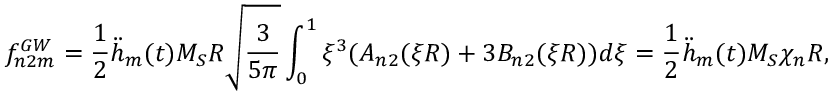
f _ { n 2 m } ^ { G W } = \frac 1 2 \ddot { h } _ { m } ( t ) M _ { S } R \sqrt { \frac { 3 } { 5 \pi } } \int _ { 0 } ^ { 1 } \xi ^ { 3 } ( A _ { n 2 } ( \xi R ) + 3 B _ { n 2 } ( \xi R ) ) d \xi = \frac 1 2 \ddot { h } _ { m } ( t ) M _ { S } \chi _ { n } R ,